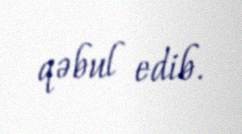
qəbul edib.